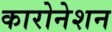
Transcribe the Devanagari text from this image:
कारोनेशन